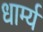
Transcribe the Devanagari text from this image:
धार्म्य